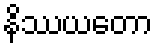
နိဿယတော